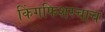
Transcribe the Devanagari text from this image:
किंगफिशरचाच